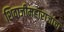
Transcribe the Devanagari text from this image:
शिवाजीमहाराजांचा